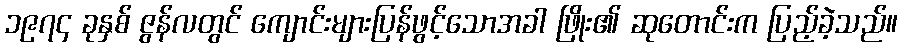
၁၉၇၄ ခုနှစ် ဇွန်လတွင် ကျောင်းများပြန်ဖွင့်သောအခါ ဖြိုး၏ ဆုတောင်းက ပြည့်ခဲ့သည်။